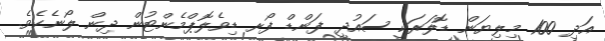
އަދި 100 މިލިޔަން ޑޮލަރަކީ ސައުދީ ފަންޑް ފޯރ ޑިވެލޮޕްމެންޓުން ދިން ލޯނެކެވެ.